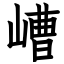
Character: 嶆